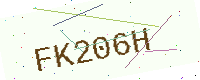
Text: FK206H